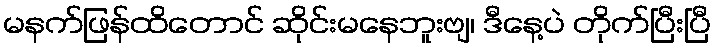
မနက်ဖြန်ထိတောင် ဆိုင်းမနေဘူးဗျ၊ ဒီနေ့ပဲ တိုက်ပြီးပြီ